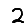
Digit: 2